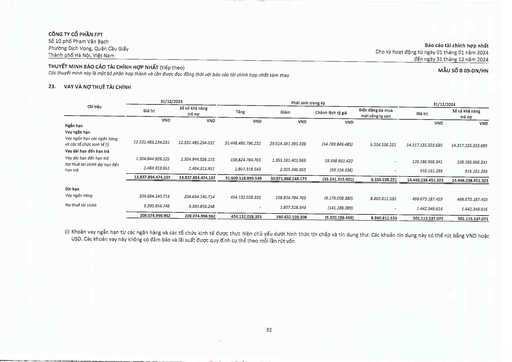
||31/12/2023|||Phát sinh|trong kỳ||31/12/2024|| |---|---|---|---|---|---|---|---|---| |Chi tiết|Giá trị|Số có khả năng trả nợ|Tăng|Giảm|Chênh lệch tỷ giá|Biến động do mua mới công ty con|Giá trị|Số có khả năng trả nợ| ||VND|VND|VND|VND|VND||VND|VND| |Ngắn hạn||||||||| |Vay ngắn hạn||||||||| |Vay ngắn hạn các ngân hàng và các tổ chức kinh tế (i)|12.531.485.234.031|12.531.485.234.031|31.448.486.796.231|29.614.381.395.339|(54.789.849.485)|6.334.538.251|14.317.135.323.689|14.317.135.323.689| |Vay dài hạn đến hạn trả||||||||| |Vay dài hạn đến hạn trả|1.304.944.926.125|1.304.944.926.125|158.824.784.765|1.355.181.405.969|19.598.661.420|-|128.186.966.341|128.186.966.341| |Nợ thuê tài chính dài hạn đến hạn trả|1.464.313.951|1.464.313.951|1.807.318.543|2.305.346.865|(50.124.336)||916.161.293|916.161.293| ||13.837.894.474.107|13.837.894.474.107|31.609.118.899.539|30.971.868.148.173|(35.241.312.401)|6.334.538.251|14.446.238.451.323|14.446.238.451.323| |Dài hạn||||||||| |Vay ngân hàng|204.684.140.714|204.684.140.714|454.132.028.355|158.824.784.765|(9.179.008.380)|8.860.811.535|499.673.187.459|499.673.187.459| |Nợ thuê tài chính|3.390.856.248|3.390.856.248||1.807.318.543|(141.188.089)||1.442.349.616|1.442.349.616| ||208.074.996.962|208.074.996.962|454.132.028.355|160.632.103.308|(9.320.196.469)|8.860.811.535|501.115.537.075|501.115.537.075|